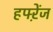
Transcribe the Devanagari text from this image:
हफ्ऱेंज